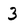
Character: 3